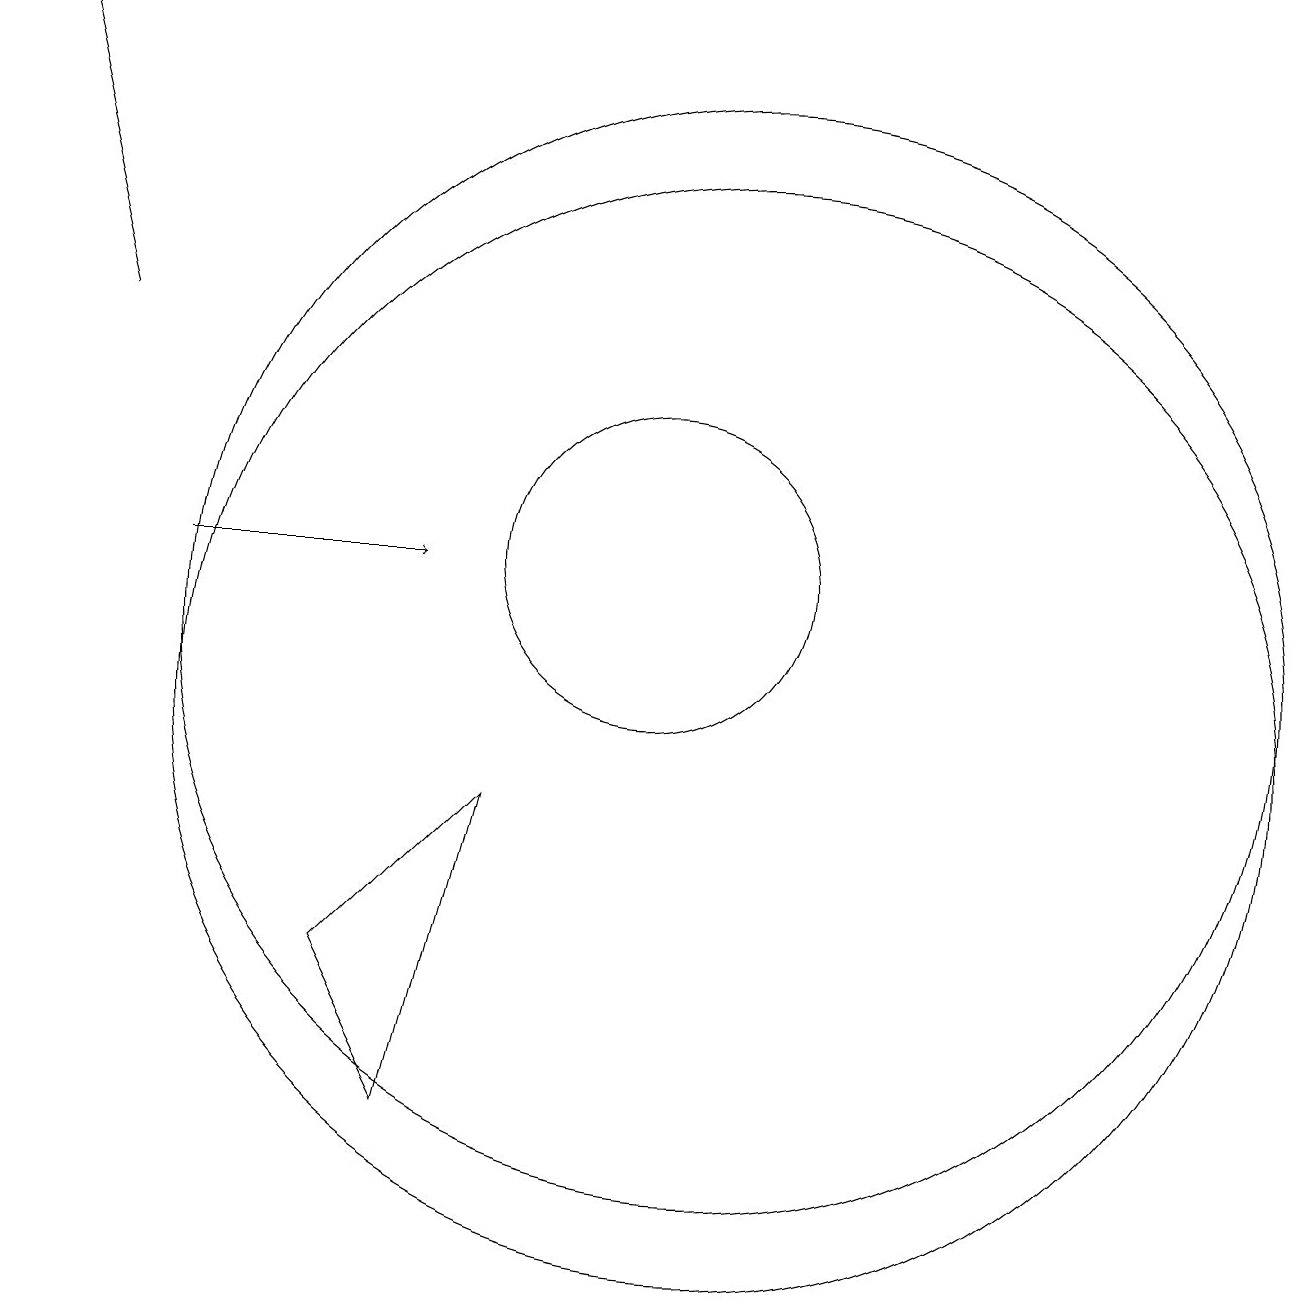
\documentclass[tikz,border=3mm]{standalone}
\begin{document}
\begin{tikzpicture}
\draw (8,9) -- (6,7) -- (7,5) -- cycle;
\draw[->] (4,12) -- (7,12);
\draw (11,10) circle (7);
\draw[->] (3,15) -- (2,19);
\draw (11,11) circle (7);
\draw (10,12) circle (2);
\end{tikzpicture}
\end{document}